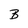
Character: B